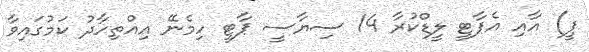
ޕީ) އާއި އެޕާޓީ ލީޑްކުރާ 14 ސިޔާސީ ޕާޓީ ހިމެނޭ އިއްތިހާދު ކަމުގައިވާ